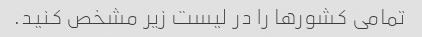
تمامی کشورها را در لیست زیر مشخص کنید.